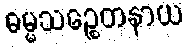
ဓမ္မသဉ္စေတနာယ